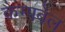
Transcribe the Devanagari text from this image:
कैम्‍पबेल